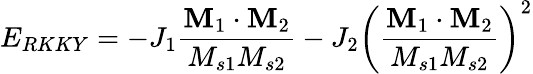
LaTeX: E_{RKKY}=-J_{1}\frac{\textbf{M}_{1}\cdot\textbf{M}_{2}}{M_{s1}M_{s2}}-J_{2}\left(\frac{\textbf{M}_{1}\cdot\textbf{M}_{2}}{M_{s1}M_{s2}}\right)^{2}